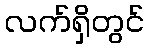
လက်ရှိတွင်